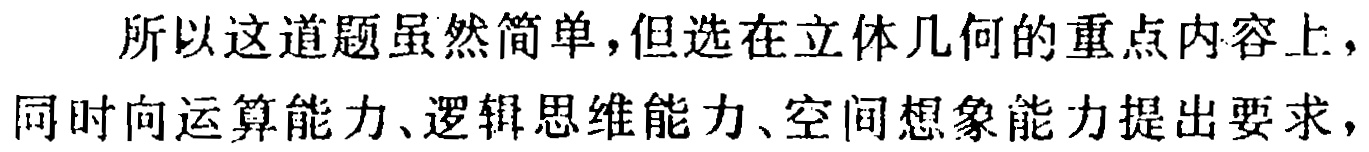
所以这道题虽然简单,但选在立体几何的重点内容上，同时向运算能力、逻辑思维能力、空间想象能力提出要求，